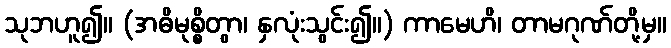
သုဘဟူ၍။ (အဓိမုစ္စိတွာ၊ နှလုံးသွင်း၍။) ကာမေဟိ၊ တာမဂုဏ်တို့မှ။